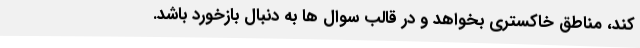
کند، مناطق خاکستری بخواهد و در قالب سوال ها به دنبال بازخورد باشد.